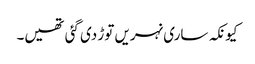
کیونکہ ساری نہریں توڑ دی گئی تھیں۔